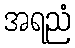
အရညံ